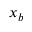
x _ { b }